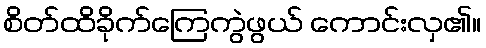
စိတ်ထိခိုက်ကြေကွဲဖွယ် ကောင်းလှ၏။